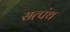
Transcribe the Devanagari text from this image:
सत्पंथ